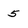
Character: 5